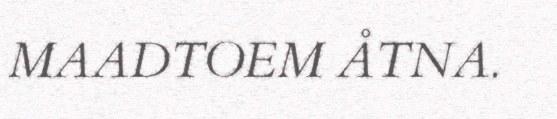
MAADTOEM ÅTNA.